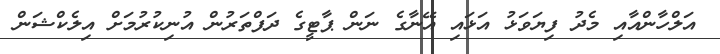
އަލްހާންއާއި މެދު ފިޔަވަޅު އަޅައި އޭނާގެ ނަން ޕާޓީގެ ދަފްތަރުން އުނިކުރުމަށް އިލެކްޝަން